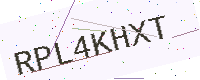
Text: RPL4KHXT